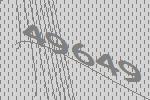
49649